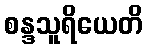
စန္ဒသူရိယေတိ